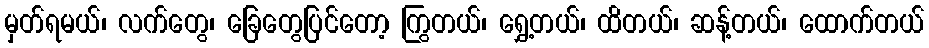
မှတ်ရမယ်၊ လက်တွေ၊ ခြေတွေပြင်တော့ ကြွတယ်၊ ရွှေ့တယ်၊ ထိတယ်၊ ဆန့်တယ်၊ ထောက်တယ်